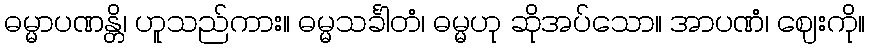
ဓမ္မာပဏန္တိ၊ ဟူသည်ကား။ ဓမ္မသင်္ခါတံ၊ ဓမ္မဟု ဆိုအပ်သော။ အာပဏံ၊ ဈေးကို။